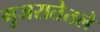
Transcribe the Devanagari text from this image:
गुजरातेतले